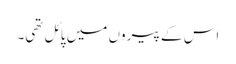
اس کے پیروں میں پائل تھی۔